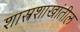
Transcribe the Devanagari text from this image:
शास्त्रशाखांतील